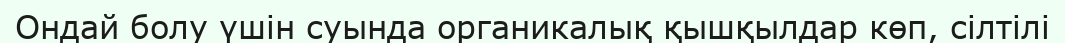
Ондай болу үшін суында органикалық қышқылдар көп, сілтілі